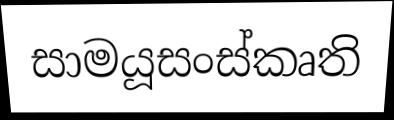
සාමයූසංස්කෘති